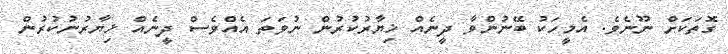
ގޮތަކަށް ނޫނެވެ. އެމީހަކު ބޭނުންވާ ދީނެއް ޚިޔާރުކުރުން ނުވަތަ އެއްވެސް ދީނެއް ޚިޔާރުނުކުރުން